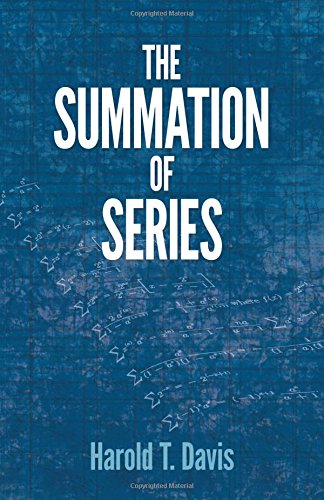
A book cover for The Summation of Series (Dover Books on Mathematics); Harold T. Davis; Science & Math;